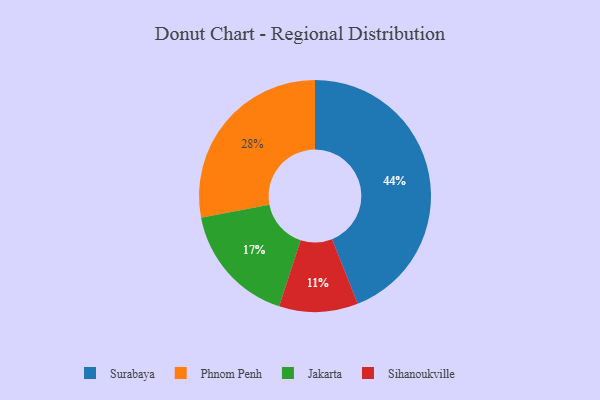
{"axis": {"x": "Category", "y": "Percentage"}, "legend": ["Jakarta", "Phnom Penh", "Sihanoukville", "Surabaya"], "data": [{"x": "Sihanoukville", "y": 11, "type": "Sihanoukville"}, {"x": "Phnom Penh", "y": 28, "type": "Phnom Penh"}, {"x": "Surabaya", "y": 44, "type": "Surabaya"}, {"x": "Jakarta", "y": 17, "type": "Jakarta"}]}